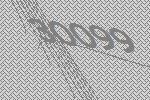
30099